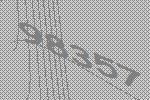
98357